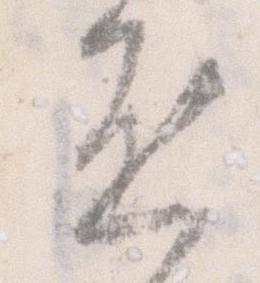
啓